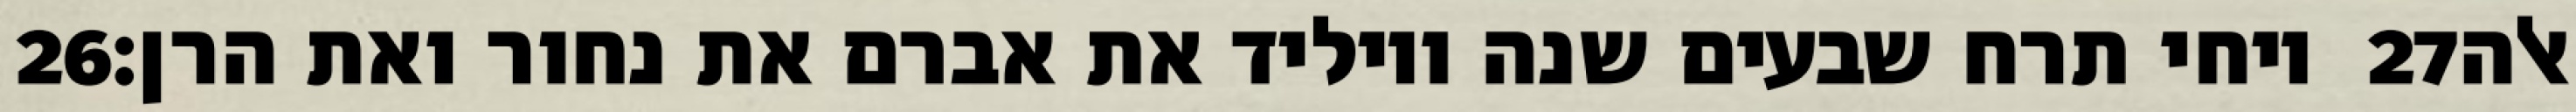
‎26‏ ויחי תרח שבעים שנה ויוליד את אברם את נחור ואת הרן׃ ‎27‏ אלה